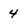
Character: 4